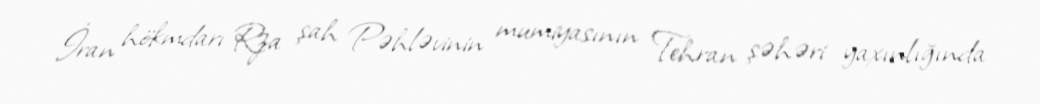
İran hökmdarı Rza şah Pəhləvinin mumiyasının Tehran şəhəri yaxınlığında